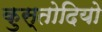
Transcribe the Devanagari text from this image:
कुस्तोदियो